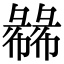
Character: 㣈